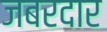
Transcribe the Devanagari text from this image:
जबरदार